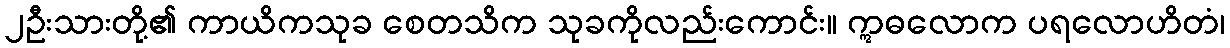
၂ဦးသားတို့၏ ကာယိကသုခ စေတသိက သုခကိုလည်းကောင်း။ ဣဓလောက ပရလောဟိတံ၊